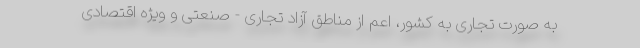
به صورت تجاری به کشور، اعم از مناطق آزاد تجاری - صنعتی و ویژه اقتصادی